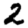
Digit: 2